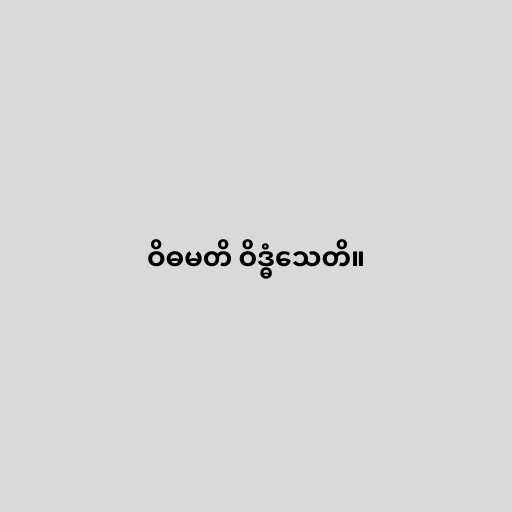
ဝိဓမတိ ဝိဒ္ဓံသေတိ။